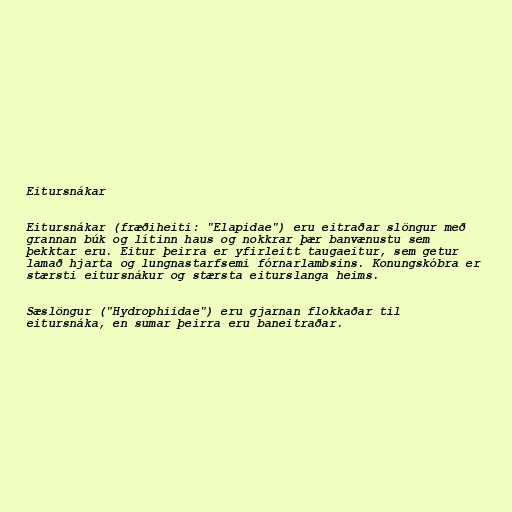
Eitursnákar

Eitursnákar (fræðiheiti: "Elapidae") eru eitraðar slöngur með
grannan búk og lítinn haus og nokkrar þær banvænustu sem
þekktar eru. Eitur þeirra er yfirleitt taugaeitur, sem getur
lamað hjarta og lungnastarfsemi fórnarlambsins. Konungskóbra er
stærsti eitursnákur og stærsta eiturslanga heims.

Sæslöngur ("Hydrophiidae") eru gjarnan flokkaðar til
eitursnáka, en sumar þeirra eru baneitraðar.